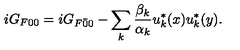
i G _ { F 0 0 } = i G _ { F \bar { 0 } { 0 } } - \sum _ { k } \frac { \beta _ { k } } { \alpha _ { k } } u _ { k } ^ { * } ( x ) u _ { k } ^ { * } ( y ) .